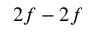
2 f - 2 f